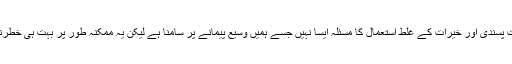
‘ ان کا کہنا تھا ’اسلامی شدت پسندی اور خیرات کے غلط استعمال کا مسئلہ ایسا نہیں جسے ہمیں وسیع پیمانے پر سامنا ہے لیکن یہ ممکنہ طور پر بہت ہی خطرناک ہے جو کہ بڑھ رہا ہے۔